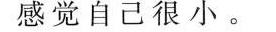
感觉自己很小。